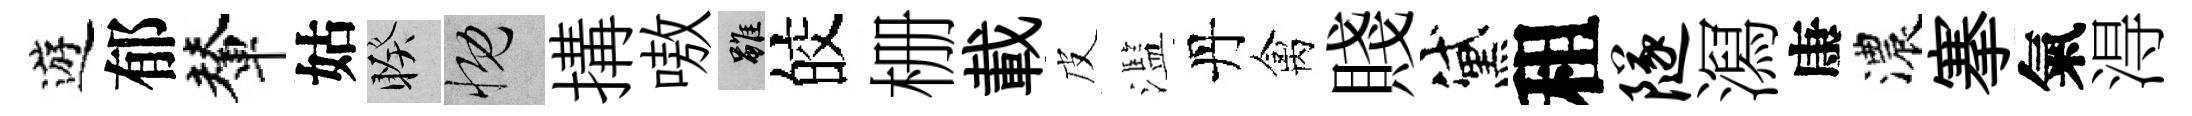
遊郁輦姑睽慨搆嗷雖皎栅載皮濫丹禽賤黛租隧㵼康濃搴氣淂